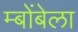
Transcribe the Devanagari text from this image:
म्बोंबेला